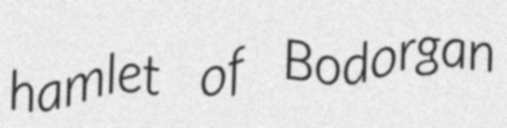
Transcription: hamlet of Bodorgan